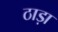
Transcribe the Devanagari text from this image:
ठाड़ा